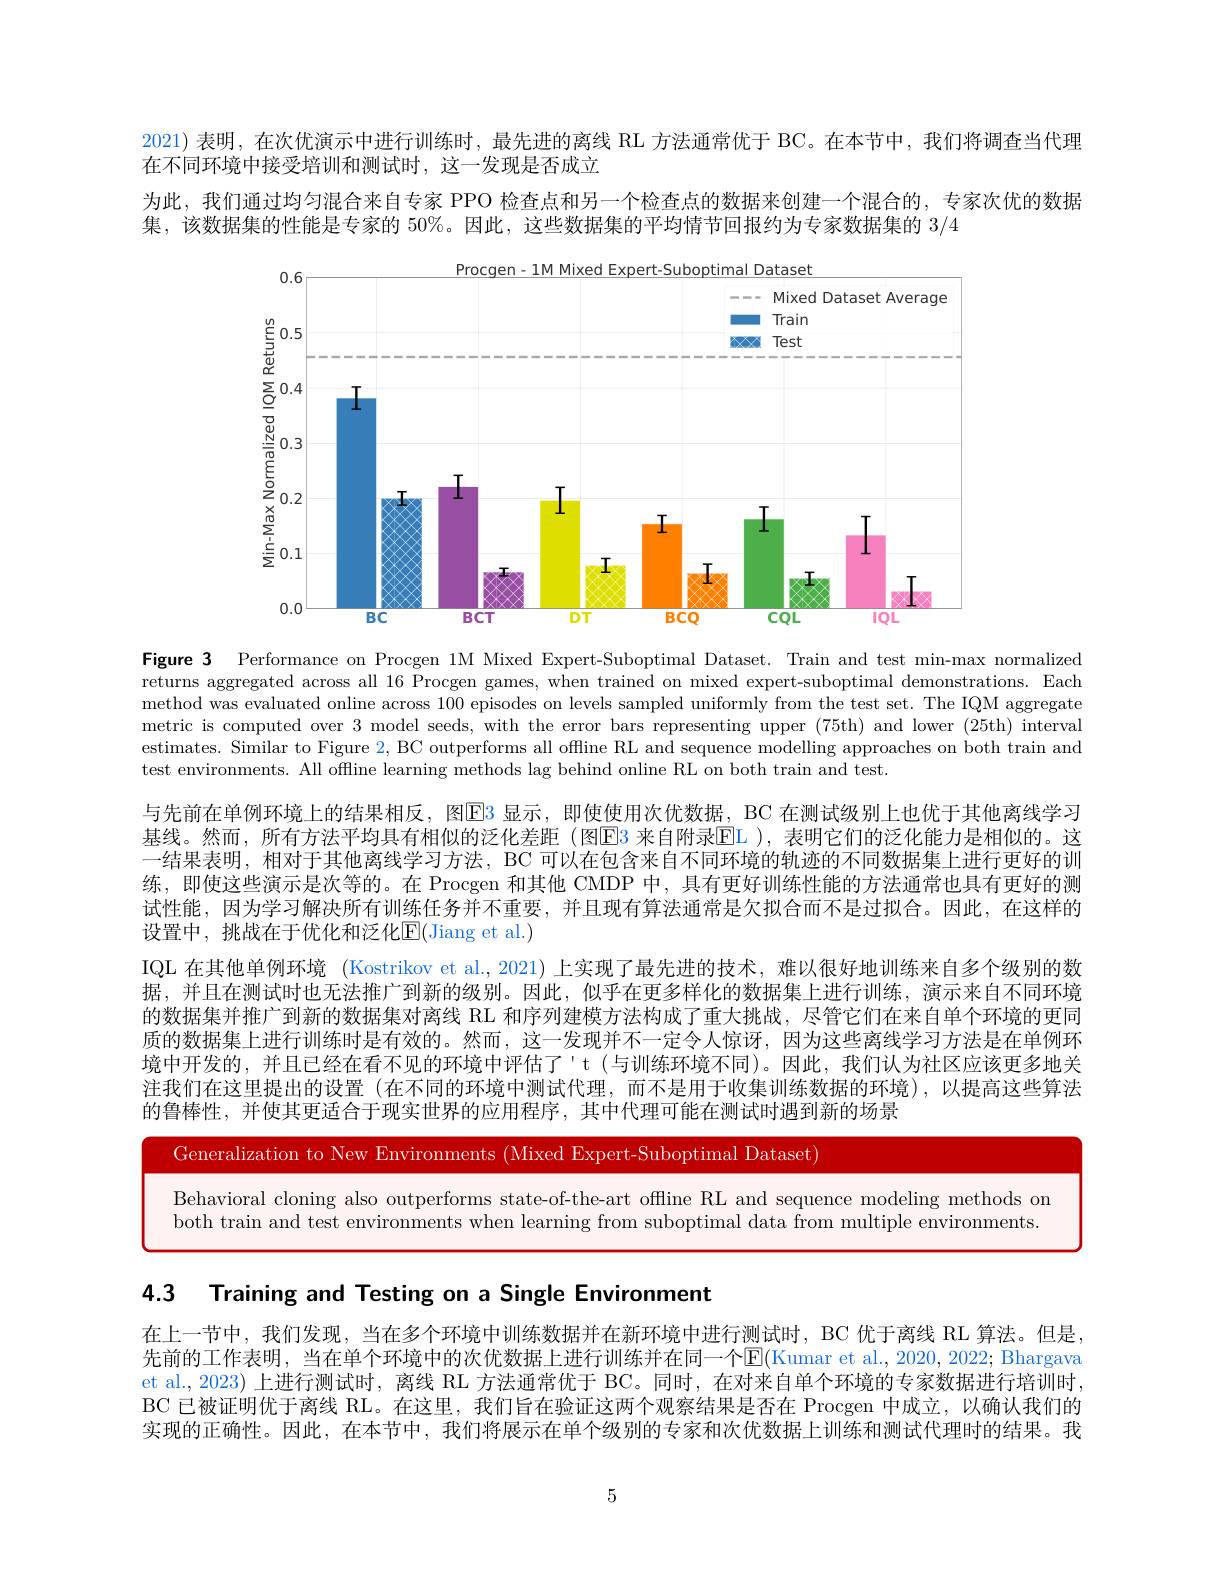
2021) 表明，在次优演示中进行训练时，最先进的离线 RL 方法通常优于 BC。在本节中，我们将调查当代理
在不同环境中接受培训和测试时，这一发现是否成立
为此，我们通过均匀混合来自专家 PPO 检查点和另一个检查点的数据来创建一个混合的，专家次优的数据
集，该数据集的性能是专家的 50%。因此，这些数据集的平均情节回报约为专家数据集的3/4

<FigureHere>

Figure 3 Performance on Procgen 1M Mixed Expert-Suboptimal Dataset. Train and test min-max normalized returns aggregated across all 16 Procgen games, when trained on mixed expert-suboptimal demonstrations. Each method was evaluated online across 100 episodes on levels sampled uniformly from the test set. The IQM aggregate metric is computed over 3 model seeds, with the error bars representing upper (75th) and lower (25th) interval estimates. Similar to Figure 2, BC outperforms all offline RL and sequence modelling approaches on both train and test environments. All offline learning methods lag behind online RL on both train and test.

与先前在单例环境上的结果相反，图E3 显示，即使使用次优数据，BC 在测试级别上也优于其他离线学习基线。然而，所有方法平均具有相似的泛化差距(图E3 来自附录EL ), 表明它们的泛化能力是相似的。这一结果表明，相对于其他离线学习方法，BC 可以在包含来自不同环境的轨迹的不同数据集上进行更好的训练，即使这些演示是次等的。在 Procgen 和其他 CMDP 中，具有更好训练性能的方法通常也具有更好的测试性能，因为学习解决所有训练任务并不重要，并且现有算法通常是欠拟合而不是过拟合。因此，在这样的设置中，挑战在于优化和泛化E(Jiang et al.)
IQL 在其他单例环境 (Kostrikov et al., 2021) 上实现了最先进的技术，难以很好地训练来自多个级别的数据，并且在测试时也无法推广到新的级别。因此，似乎在更多样化的数据集上进行训练，演示来自不同环境的数据集并推广到新的数据集对离线 RL 和序列建模方法构成了重大挑战，尽管它们在来自单个环境的更同质的数据集上进行训练时是有效的。然而，这一发现并不一定令人惊讶，因为这些离线学习方法是在单例环境中开发的，并且已经在看不见的环境中评估了't (与训练环境不同)。因此，我们认为社区应该更多地关注我们在这里提出的设置(在不同的环境中测试代理，而不是用于收集训练数据的环境),以提高这些算法的鲁棒性，并便其史适合于现实世界的应用程序，其中代理可能在测试时遇到新的场景

Generalization to New Environments (Mixed Expert-Suboptimal Dataset)

Behavioral cloning also outperforms state-of-the-art offline RL and sequence modeling methods on

both train and test environments when learning from suboptimal data from multiple environments.

4.3 Training and Testing on a Single Environment

在上一节中，我们发现，当在多个环境中训练数据并在新环境中进行测试时，BC 优于离线 RL 算法。但是， 先前的工作表明，当在单个环境中的次优数据上进行训练并在同一个$\mathbb{E}($Kumar et al., 2020, 2022; Bhargava et al., 2023) 上进行测试时，离线 RL 方法通常优于 BC。同时，在对来自单个环境的专家数据进行培训时BC 已被证明优于离线 RL。在这里，我们旨在验证这两个观察结果是否在 Procgen 中成立，以确认我们的实现的正确性。因此，在本节中，我们将展示在单个级别的专家和次优数据上训练和测试代理时的结果。我

5